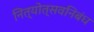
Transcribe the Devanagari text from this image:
नित्योत्सवनिबंध